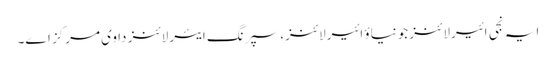
ایہ نجی ائیرلائنز جونیاؤ ائیرلائنز، سپرنگ ایئر لائنز دا وی مرکز ا‏‏ے۔